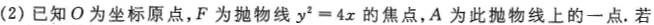
(2)已知О为坐标原点，F为抛物线$$y^{2}=4x$$的焦点，A为此抛物线上的一点.若